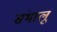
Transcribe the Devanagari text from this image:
संभालूं